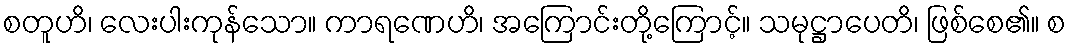
စတူဟိ၊ လေးပါးကုန်သော။ ကာရဏေဟိ၊ အကြောင်းတို့ကြောင့်။ သမုဋ္ဌာပေတိ၊ ဖြစ်စေ၏။ စ